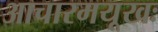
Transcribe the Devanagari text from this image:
आचारमयूखः